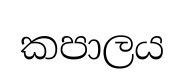
කපාලය